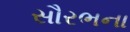
સૌરભના